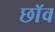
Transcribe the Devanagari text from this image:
छाॅव